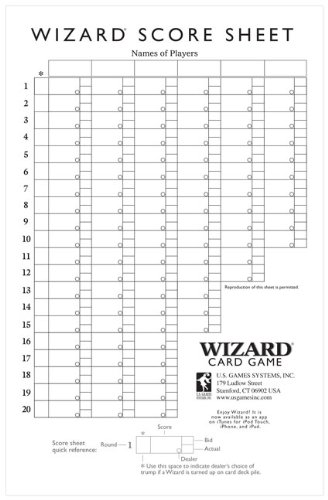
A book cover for Oversized Wizard Scorepads; U.S. Games Systems; Humor & Entertainment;